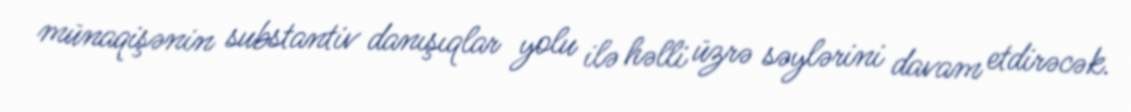
münaqişənin substantiv danışıqlar yolu ilə həlli üzrə səylərini davam etdirəcək.